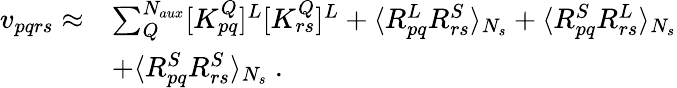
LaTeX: \begin{array}{rl}{v_{pqrs}\approx}&{\sum_{Q}^{N_{aux}}[K_{pq}^{Q}]^{L}[K_{rs}^{Q}]^{L}+\langle R_{pq}^{L}R_{rs}^{S}\rangle_{N_{s}}+\langle R_{pq}^{S}R_{rs}^{L}\rangle_{N_{s}}}\\ &{+\langle R_{pq}^{S}R_{rs}^{S}\rangle_{N_{s}}~.}\end{array}